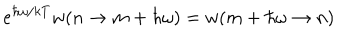
LaTeX: e ^ { \hbar \omega / k T } w ( n \rightarrow m + \hbar \omega ) = w ( m + \hbar \omega \rightarrow n )